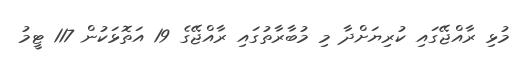
މުޅި ރާއްޖޭގައި ކުރިޔަށްދާ މި މުބާރާތުގައި ރާއްޖޭގެ 19 އަތޮޅަކުން 117 ޓީމު